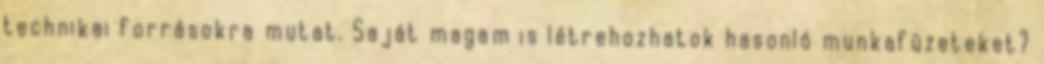
technikai forrásokra mutat. Saját magam is létrehozhatok hasonló munkafüzeteket?